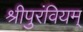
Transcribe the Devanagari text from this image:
श्रीपुरंवियम्